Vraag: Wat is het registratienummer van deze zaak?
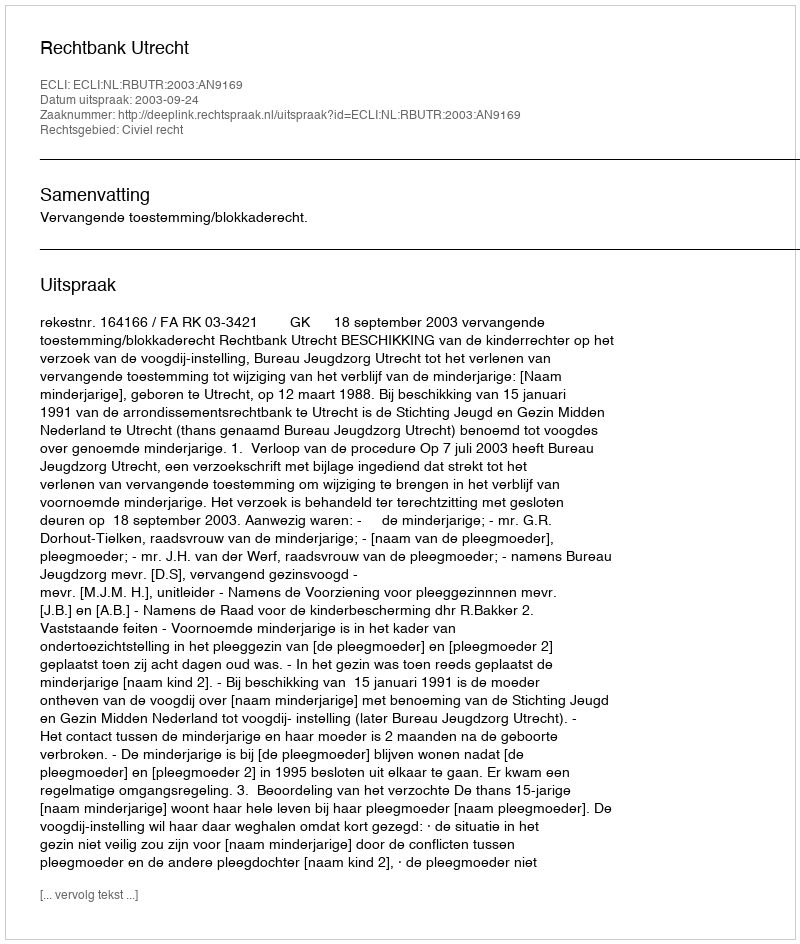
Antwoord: http://deeplink.rechtspraak.nl/uitspraak?id=ECLI:NL:RBUTR:2003:AN9169